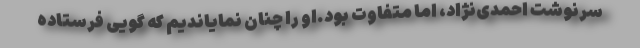
سرنوشت احمدی‌نژاد، اما متفاوت بود.او را چنان نمایاندیم که گویی فرستاده